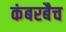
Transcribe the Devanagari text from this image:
कंबरबैच